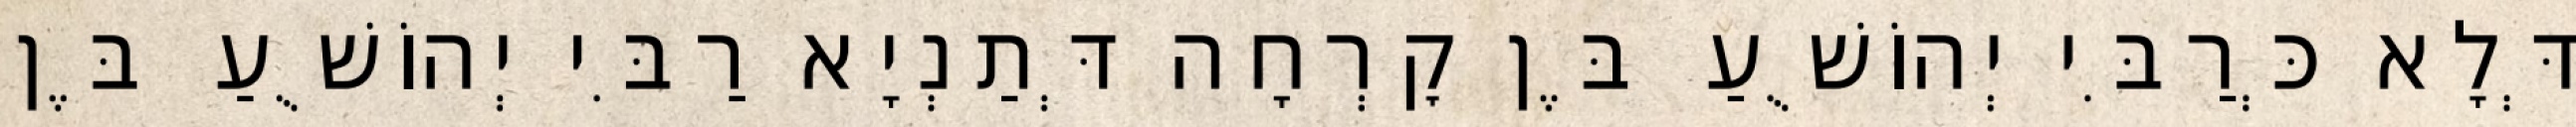
דְּלָא כְּרַבִּי יְהוֹשֻׁעַ בֶּן קׇרְחָה דְּתַנְיָא רַבִּי יְהוֹשֻׁעַ בֶּן